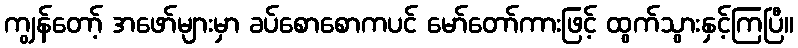
ကျွန်တော့် အဖော်များမှာ ခပ်စောစောကပင် မော်တော်ကားဖြင့် ထွက်သွားနှင့်ကြပြီ။